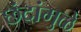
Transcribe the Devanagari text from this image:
छंदांमुळे